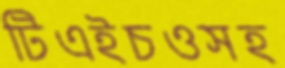
টিএইচওসহ